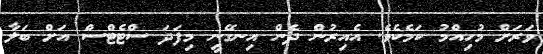
ވަރަށް މުހިއްމު ކަމެކެވެ. އެއިރުން ދެން އިނގޭނީ މިފަދަ ސްޓެޓްސް އަށް ބަލާ